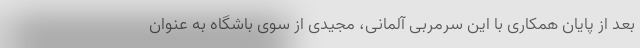
بعد از پایان همکاری با این سرمربی آلمانی، مجیدی از سوی باشگاه به عنوان